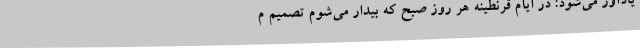
یادآور می‌شود: در ایام قرنطینه هر روز صبح که بیدار می‌شوم تصمیم م